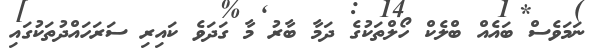
ނަމަވެސް ބައެއް ބްލެކް ހޯލްތަކުގެ ދަމާ ބާރު މާ ގަދަވެ ކައިރި ސަރަހައްދުތަކުގައި